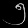
Digit: ၅